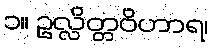
၁။ ဥလ္လိတ္တဝိဟာရ၊